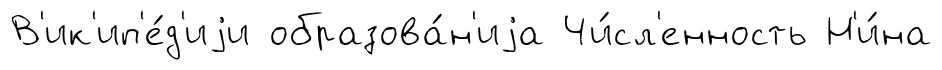
В'ик'ип'е́д'иjи образова́н'иjа Чи́сл'енность Н'и́на